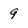
Character: 9